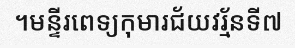
។មន្ទីរពេទ្យកុមារជ័យវរ្ម័នទី៧